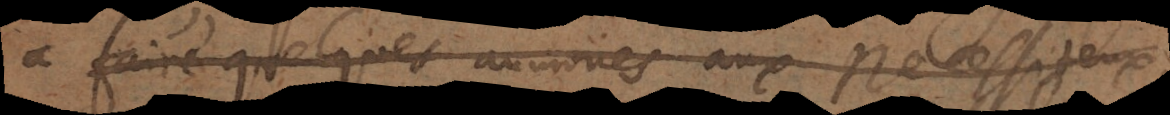
aire quelques aumones aux necessiteux,